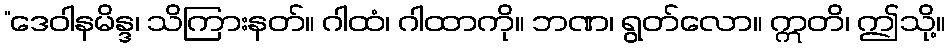
“ဒေဝါနမိန္ဒ၊ သိကြားနတ်။ ဂါထံ၊ ဂါထာကို။ ဘဏ၊ ရွတ်လော။ ဣတိ၊ ဤသို့။